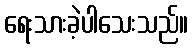
ရေးသားခဲ့ပါသေးသည်။